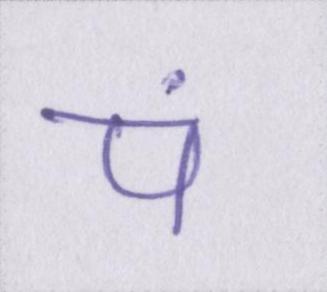
पं